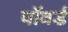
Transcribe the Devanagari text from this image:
पॉवर्ड